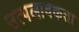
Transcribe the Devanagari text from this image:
उत्पलावकता